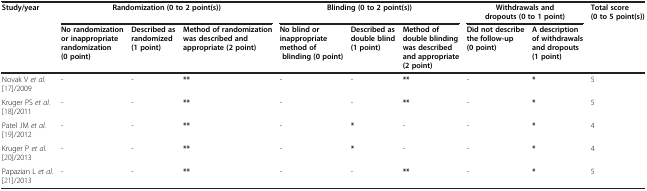
<table><thead><tr><td><b>Study/year</b></td><td colspan="3"><b>Randomization (0 to 2 point(s))</b></td><td colspan="3"><b>Blinding (0 to 2 point(s))</b></td><td colspan="2"><b>Withdrawals and dropouts (0 to 1 point)</b></td><td><b>Total score (0 to 5 point(s))</b></td></tr><tr><td><b> </b></td><td><b>No randomization or inappropriate randomization (0 point)</b></td><td><b>Described as randomized (1 point)</b></td><td><b>Method of randomization was described and appropriate (2 point)</b></td><td><b>No blind or inappropriate method of blinding (0 point)</b></td><td><b>Described as double blind (1 point)</b></td><td><b>Method of double blinding was described and appropriate (2 point)</b></td><td><b>Did not describe the follow-up (0 point)</b></td><td><b>A description of withdrawals and dropouts (1 point)</b></td><td><b> </b></td></tr></thead><tbody><tr><td>Novak V <i>et al.</i>[17]/2009</td><td>-</td><td>-</td><td><b>**</b></td><td>-</td><td>-</td><td><b>**</b></td><td>-</td><td><b>*</b></td><td>5</td></tr><tr><td>Kruger PS <i>et al.</i>[18]/2011</td><td>-</td><td>-</td><td><b>**</b></td><td>-</td><td>-</td><td><b>**</b></td><td>-</td><td><b>*</b></td><td>5</td></tr><tr><td>Patel JM <i>et al.</i>[19]/2012</td><td>-</td><td>-</td><td><b>**</b></td><td>-</td><td><b>*</b></td><td>-</td><td>-</td><td><b>*</b></td><td>4</td></tr><tr><td>Kruger P <i>et al.</i>[20]/2013</td><td>-</td><td>-</td><td><b>**</b></td><td>-</td><td><b>*</b></td><td>-</td><td>-</td><td><b>*</b></td><td>4</td></tr><tr><td>Papazian L <i>et al.</i>[21]/2013</td><td>-</td><td>-</td><td><b>**</b></td><td>-</td><td>-</td><td><b>**</b></td><td>-</td><td><b>*</b></td><td>5</td></tr></tbody></table>